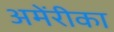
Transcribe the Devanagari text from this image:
अमेंरीका